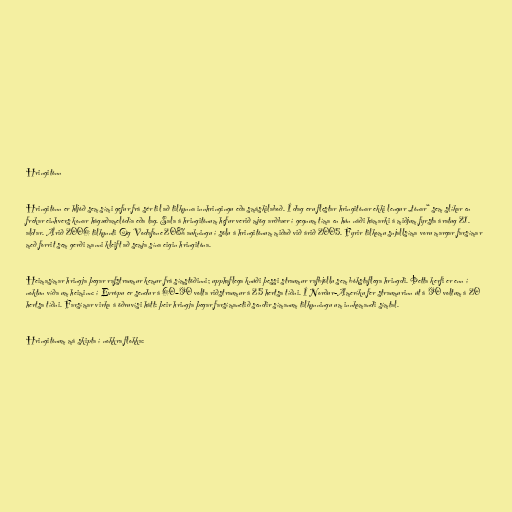
Hringitónn

Hringitónn er hljóð sem sími gefur frá sér til að tilkynna innhringingu eða smáskilaboð. Í dag eru flestar hringitónar ekki lengur „tónar“ sem slíkar en
frekar einhvers konar hágæðamelódía eða lag. Sala á hringitónum hefur verið mjög arðbær í gegnum tíma en hún náði hámarki á miðjum fyrsta áratug 21.
aldar. Árið 2006 tilkynnti Og Vodafone 208% aukningu í sölu á hringitónum miðað við árið 2005. Fyrir tilkomu snjallsíma voru margar farsímar
með forrit sem gerði manni kleift að semja sína eigin hringitóna.

Heimasímar hringja þegar rafstraumur kemur frá símstöðinni; upphaflega knúði þessi straumur rafbjöllu sem bókstaflega hringdi. Þetta kerfi er enn í
noktun víða um heiminn: í Evrópu er sendur á 60–90 volta riðstraumur á 25 hertsa tíðni. Í Norður-Ameríku fer straumurinn út á 90 voltum á 20
hertsa tíðni. Farsímar virka á öðruvísi hátt: þeir hringja þegar farsímanetið sendir símanum tilkynningu um innkomandi símtal.

Hringitónum má skipta í nokkra flokka: